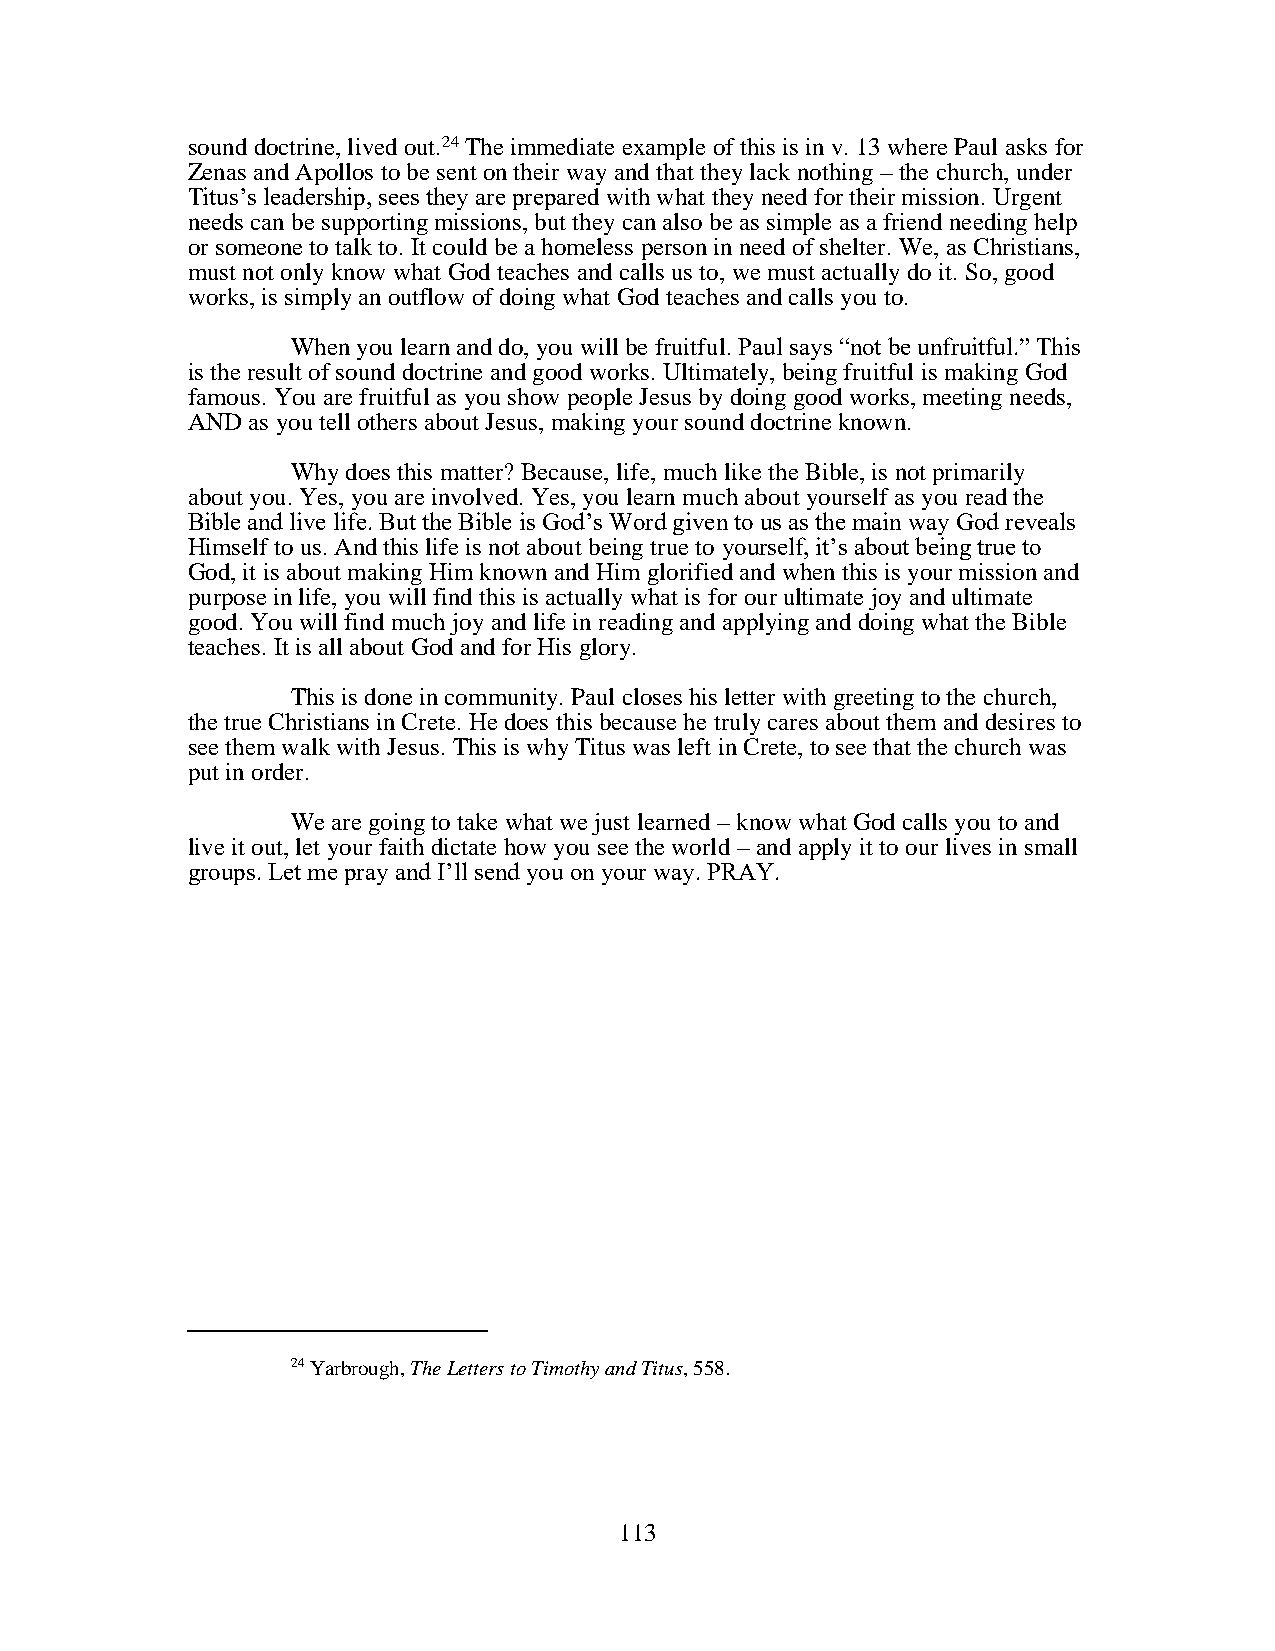
sound doctrine, lived out.24 The immediate example of this is in v. 13 where Paul asks for
 Zenas and Apollos to be sent on their way and that they lack nothing – the church, under
 Titus’s leadership, sees they are prepared with what they need for their mission. Urgent
 needs can be supporting missions, but they can also be as simple as a friend needing help
 or someone to talk to. It could be a homeless person in need of shelter. We, as Christians,
 must not only know what God teaches and calls us to, we must actually do it. So, good
 works, is simply an outflow of doing what God teaches and calls you to.
 When you learn and do, you will be fruitful. Paul says “not be unfruitful.” This
 is the result of sound doctrine and good works. Ultimately, being fruitful is making God
 famous. You are fruitful as you show people Jesus by doing good works, meeting needs,
 AND as you tell others about Jesus, making your sound doctrine known.
 Why does this matter? Because, life, much like the Bible, is not primarily
 about you. Yes, you are involved. Yes, you learn much about yourself as you read the
 Bible and live life. But the Bible is God’s Word given to us as the main way God reveals
 Himself to us. And this life is not about being true to yourself, it’s about being true to
 God, it is about making Him known and Him glorified and when this is your mission and
 purpose in life, you will find this is actually what is for our ultimate joy and ultimate
 good. You will find much joy and life in reading and applying and doing what the Bible
 teaches. It is all about God and for His glory.
 This is done in community. Paul closes his letter with greeting to the church,
 the true Christians in Crete. He does this because he truly cares about them and desires to
 see them walk with Jesus. This is why Titus was left in Crete, to see that the church was
 put in order.
 We are going to take what we just learned – know what God calls you to and
 live it out, let your faith dictate how you see the world – and apply it to our lives in small
 groups. Let me pray and I’ll send you on your way. PRAY.
 24 Yarbrough, The Letters to Timothy and Titus, 558.
 113